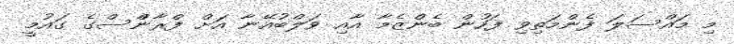
މި މައްސަލަ ފެންމަތިވި ފަހުން ބެންޒެމާ އާއި ވަލްބުއޭނާ އަށް ފްރާންްސްގެ ގައުމީ